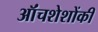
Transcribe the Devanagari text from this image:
ऑंचशेशोंकी